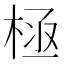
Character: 𣒝